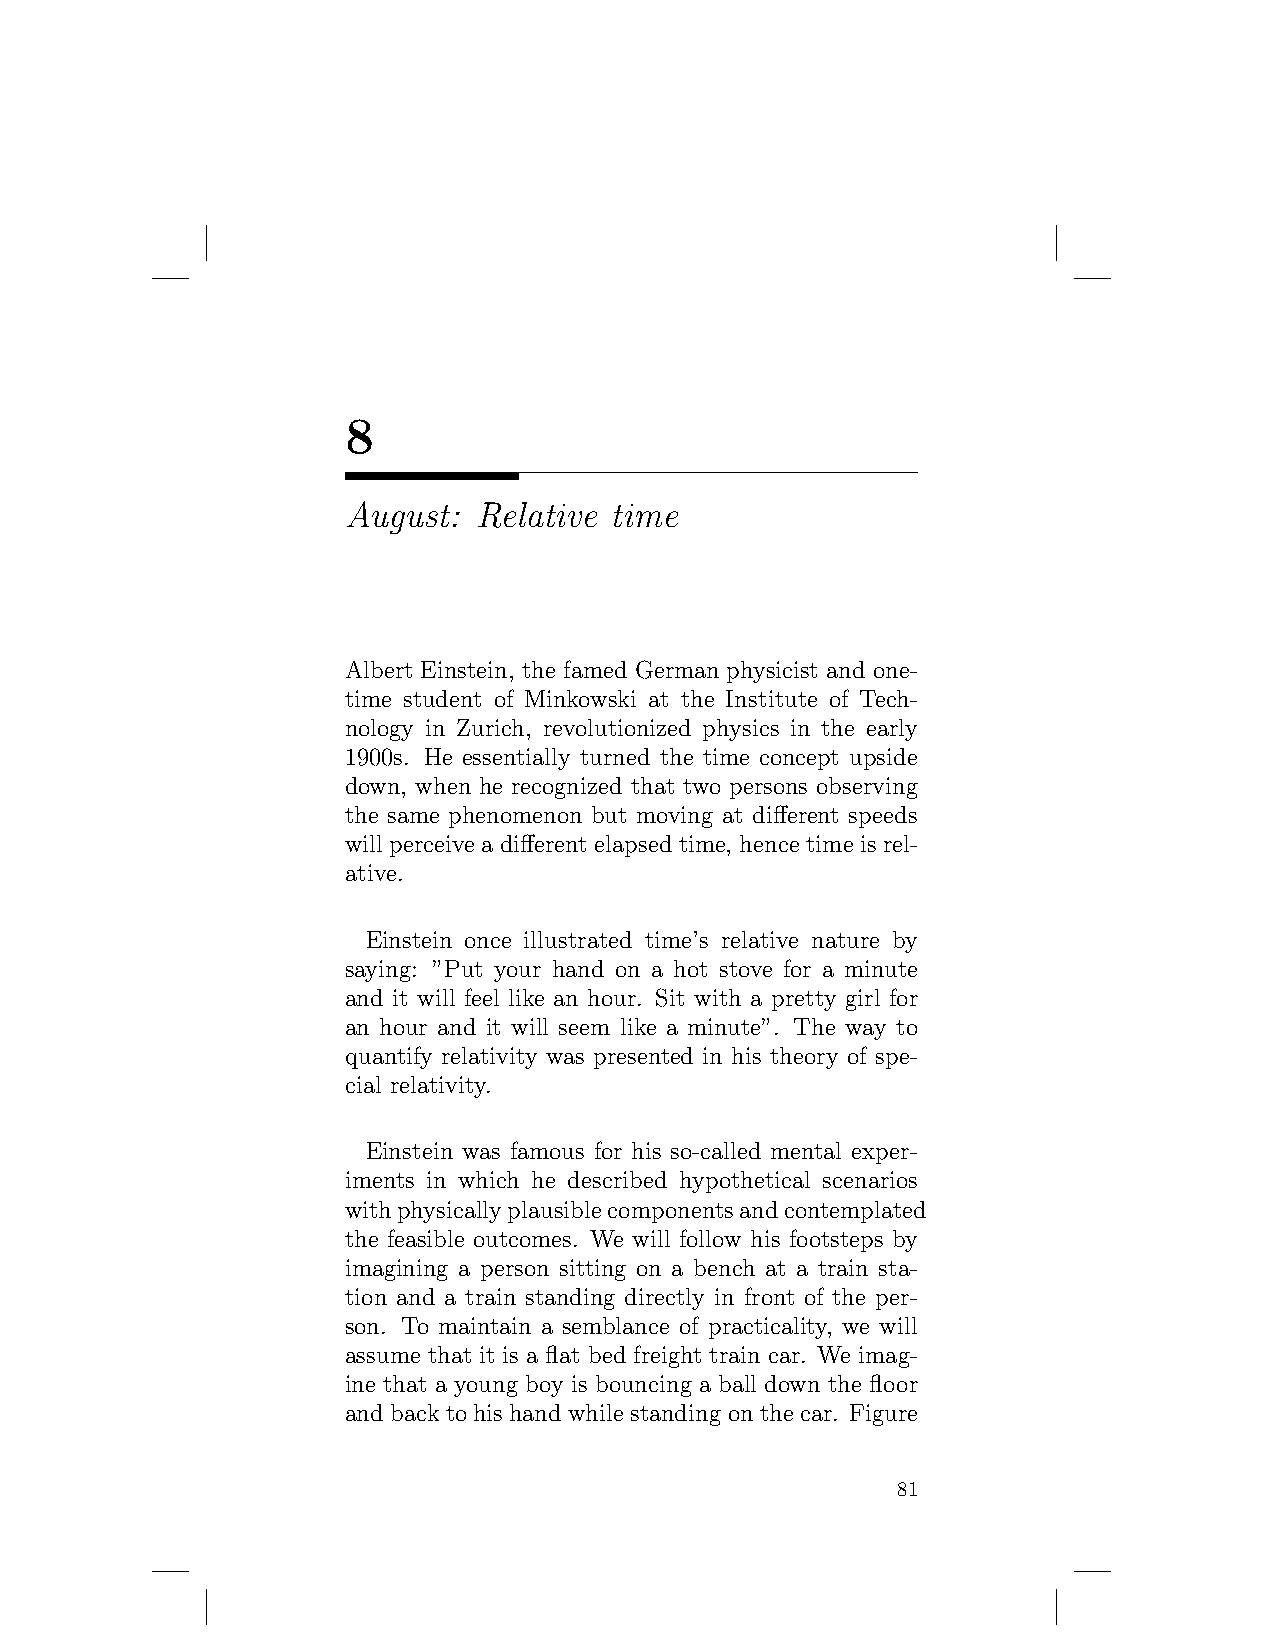
8
 August:  Relative time
 Albert Einstein, the famed German physicist and one-
 time student of Minkowski at the Institute of Tech-
 nology in Zurich, revolutionized physics in the early
 1900s. He essentially turned the time concept upside
 down, when he recognized that two persons observing
 the same phenomenon but moving at different speeds
 will perceive a different elapsed time, hence time is rel-
 ative.
 Einstein once illustrated time’s relative nature by
 saying: ”Put your hand on a hot stove for a minute
 and it will feel like an hour. Sit with a pretty girl for
 an hour and it will seem like a minute”. The way to
 quantify relativity was presented in his theory of spe-
 cial relativity.
 Einstein was famous for his so-called mental exper-
 iments in which he described hypothetical scenarios
 withphysicallyplausiblecomponentsandcontemplated
 the feasible outcomes. We will follow his footsteps by
 imagining a person sitting on a bench at a train sta-
 tion and a train standing directly in front of the per-
 son. To maintain a semblance of practicality, we will
 assume that it is a flat bed freight train car. We imag-
 ine that a young boy is bouncing a ball down the floor
 andbacktohishandwhilestandingonthecar. Figure
 81